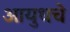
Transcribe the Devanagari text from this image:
आयुधचे